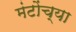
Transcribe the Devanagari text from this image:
मंटोंच्या